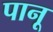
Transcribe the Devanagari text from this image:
पानू